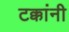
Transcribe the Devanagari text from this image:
टक्कांनी